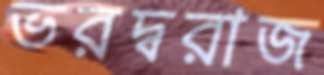
ভরদ্বরাজ